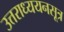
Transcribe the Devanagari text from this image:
उत्तराध्ययनसूत्र